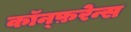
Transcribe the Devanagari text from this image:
कॉन्फ़रेन्स